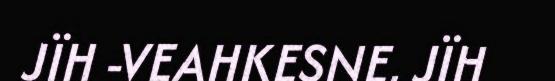
JÏH -VEAHKESNE, JÏH